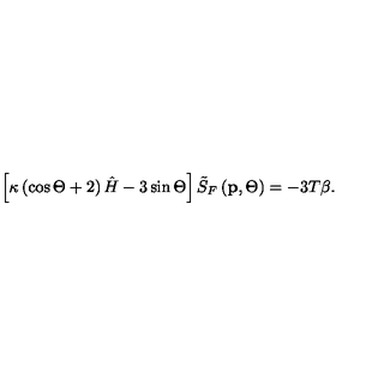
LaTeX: \left[ \kappa \left( \cos \Theta + 2 \right) \hat { H } - 3 \sin \Theta \right] \tilde { S } _ { F } \left( \mathbf { p } , \Theta \right) = - 3 T \beta .